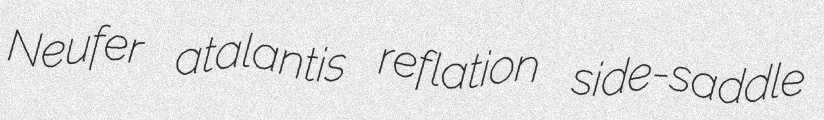
Neufer atalantis reflation side-saddle